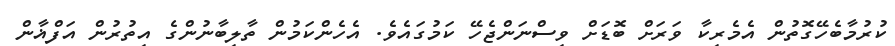
ކުރުމާބެހޭގޮތުން އެމެރިކާ ވަރަށް ބޮޑަށް ވިސްނަންޖެހޭ ކަމުގައެވެ. އެހެންކަމުން ތާލިބާނުންގެ އިތުރުން އަފްޣާން